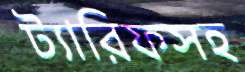
ট্যারিফসহ